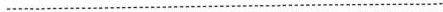
………………...................................